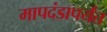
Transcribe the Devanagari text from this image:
मापदंडापर्यंत